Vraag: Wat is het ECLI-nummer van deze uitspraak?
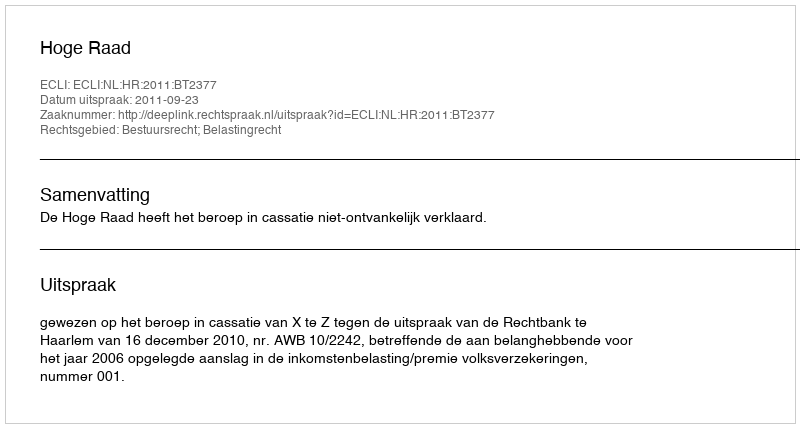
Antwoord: ECLI:NL:HR:2011:BT2377